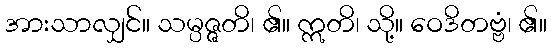
အားသာလျှင်။ သမ္ပဇ္ဇတိ၊ ၏။ ဣတိ၊ သို့။ ဝေဒိတဗ္ဗံ၊ ၏။